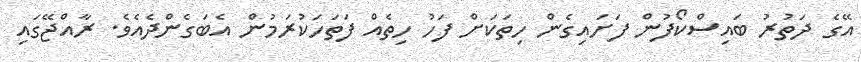
އޭގެ ދަތުރު ބައިސްކޯފުން ފަށައިގެން ހިތަކަށް ފަހު ހިތެއް ފަތަހަކުރަމުން އެބަގެންދެއެވެ. ރާއްޖޭގައި